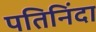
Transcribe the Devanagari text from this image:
पतिनिंदा